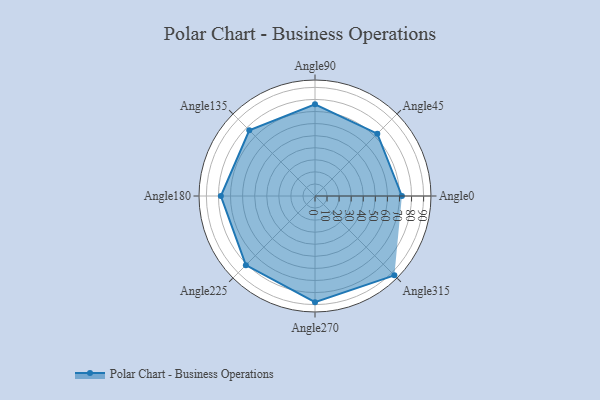
{"axis": {"x": "Angle", "y": "Radius"}, "legend": [""], "data": [{"x": "Angle0", "y": 72.0, "type": ""}, {"x": "Angle45", "y": 73.0, "type": ""}, {"x": "Angle90", "y": 76.0, "type": ""}, {"x": "Angle135", "y": 77.0, "type": ""}, {"x": "Angle180", "y": 78.0, "type": ""}, {"x": "Angle225", "y": 81.0, "type": ""}, {"x": "Angle270", "y": 88.0, "type": ""}, {"x": "Angle315", "y": 93.0, "type": ""}]}